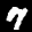
Label: 7